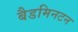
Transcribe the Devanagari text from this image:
बैडमिनटन